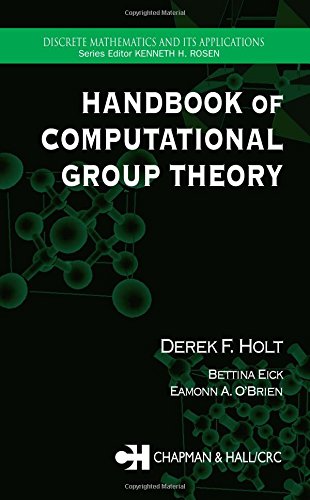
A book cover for Handbook of Computational Group Theory (Discrete Mathematics and Its Applications); Derek F. Holt; Science & Math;